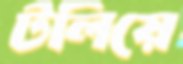
টলিয়ে